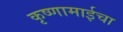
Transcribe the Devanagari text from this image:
कृष्णामाईचा